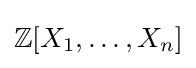
\mathbb {Z} [X_{1},\ldots ,X_{n}]